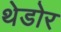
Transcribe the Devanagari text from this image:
थेडोर